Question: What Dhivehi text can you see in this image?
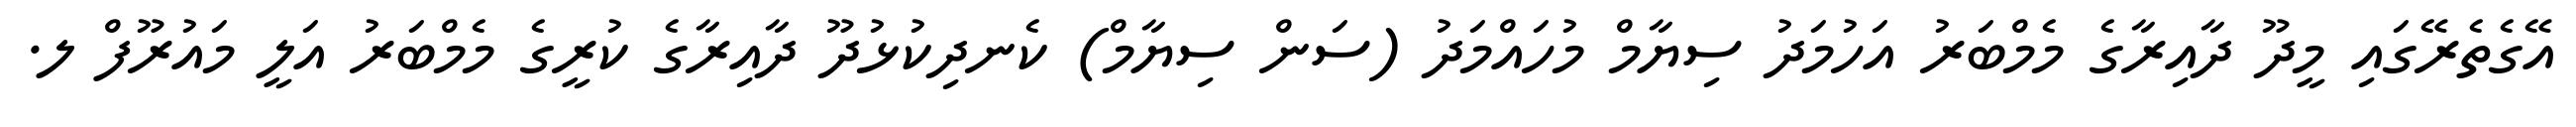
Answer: އޭގެތެރޭގައި މީދޫ ދާއިރާގެ މެމްބަރު އަހުމަދު ސިޔާމް މުހައްމަދު (ސަން ސިޔާމް) ކެނދިކުޅުދޫ ދާއިރާގެ ކުރީގެ މެމްބަރު އަލީ މައުރޫފް ލ.